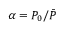
\alpha = P _ { 0 } / \bar { P }